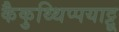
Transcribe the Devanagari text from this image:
कैकुथ्थिप्पयाट्टू